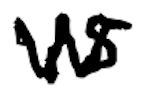
Text: is
Cross-out: mix
Writing tool: digital_black